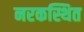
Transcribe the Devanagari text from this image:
नरकस्थित